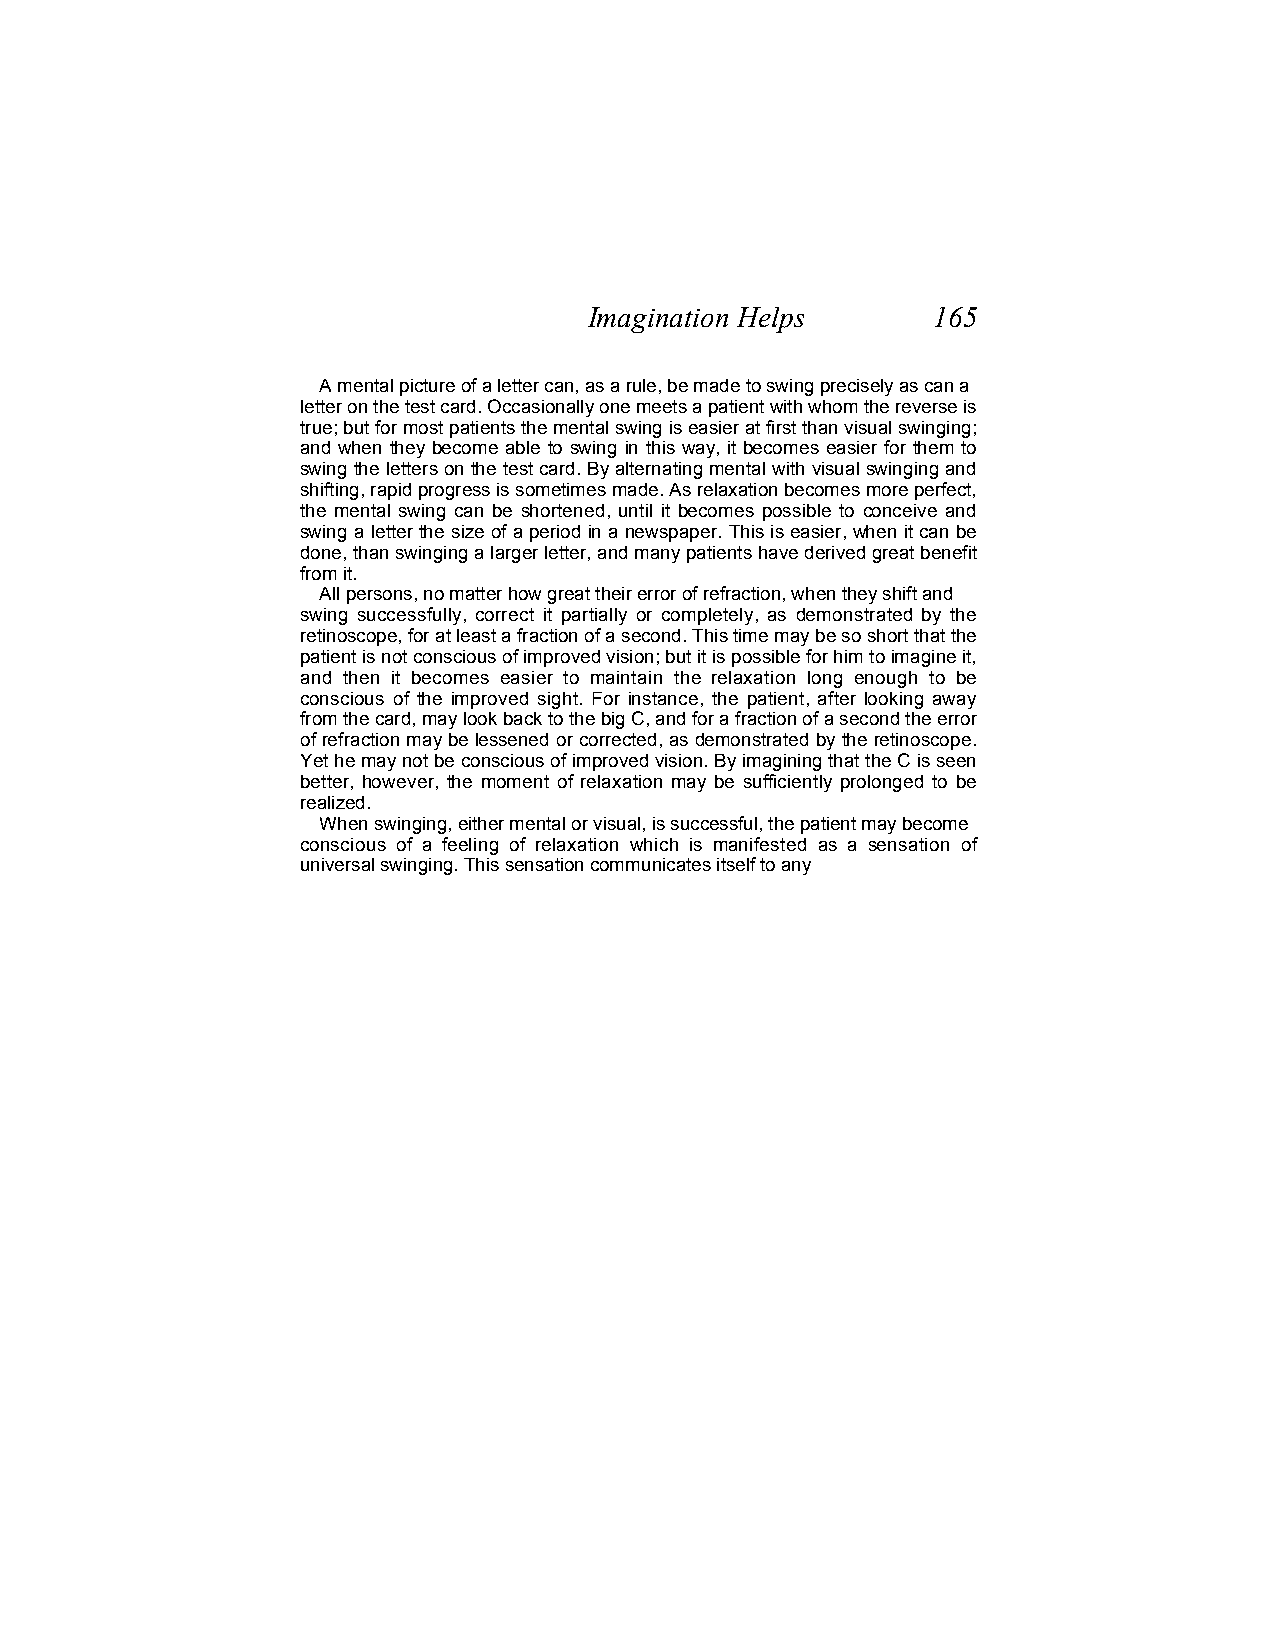
Imagination Helps      165
 A mental picture of a letter can, as a rule, be made to swing precisely as can a
 letter on the test card. Occasionally one meets a patient with whom the reverse is
 true; but for most patients the mental swing is easier at first than visual swinging;
 and when they become able to swing in this way, it becomes easier for them to
 swing the letters on the test card. By alternating mental with visual swinging and
 shifting, rapid progress is sometimes made. As relaxation becomes more perfect,
 the mental swing can be shortened, until it becomes possible to conceive and
 swing a letter the size of a period in a newspaper. This is easier, when it can be
 done, than swinging a larger letter, and many patients have derived great benefit
 from it.
 All persons, no matter how great their error of refraction, when they shift and
 swing successfully, correct it partially or completely, as demonstrated by the
 retinoscope, for at least a fraction of a second. This time may be so short that the
 patient is not conscious of improved vision; but it is possible for him to imagine it,
 and then it becomes easier to maintain the relaxation long enough to be
 conscious of the improved sight. For instance, the patient, after looking away
 from the card, may look back to the big C, and for a fraction of a second the error
 of refraction may be lessened or corrected, as demonstrated by the retinoscope.
 Yet he may not be conscious of improved vision. By imagining that the C is seen
 better, however, the moment of relaxation may be sufficiently prolonged to be
 realized.
 When swinging, either mental or visual, is successful, the patient may become
 conscious of a feeling of relaxation which is manifested as a sensation of
 universal swinging. This sensation communicates itself to any